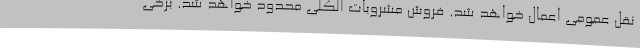
نقل عمومی اعمال خواهد شد. فروش مشروبات الکلی محدود خواهد شد. برخی